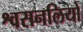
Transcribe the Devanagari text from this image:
श्वसनलियों